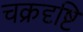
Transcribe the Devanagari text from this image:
चक्रदृष्टि